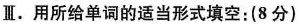
Ⅲ.用所给单词的适当形式填空:(8分)